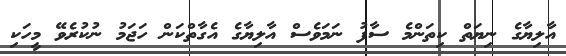
އާލިޔާގެ ނިޔަތް ކިތަންމެ ސާފު ނަމަވެސް އާލިޔާގެ އެގާތްކަން ހަޖަމު ނުކުރެވޭ މީހަކި